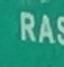
ras